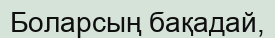
Боларсың бақадай,